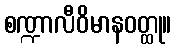
စဏ္ဍာလီဝိမာနဝတ္ထု။